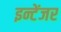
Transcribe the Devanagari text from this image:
इन्टेंजर